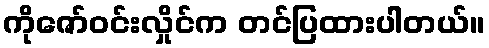
ကိုဇော်ဝင်းလှိုင်က တင်ပြထားပါတယ်။